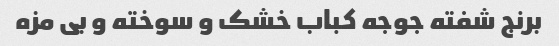
برنج شفته جوجه کباب خشک و سوخته و بی مزه